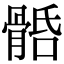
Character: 𩩎